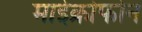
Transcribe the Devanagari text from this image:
माईक्रोफोन